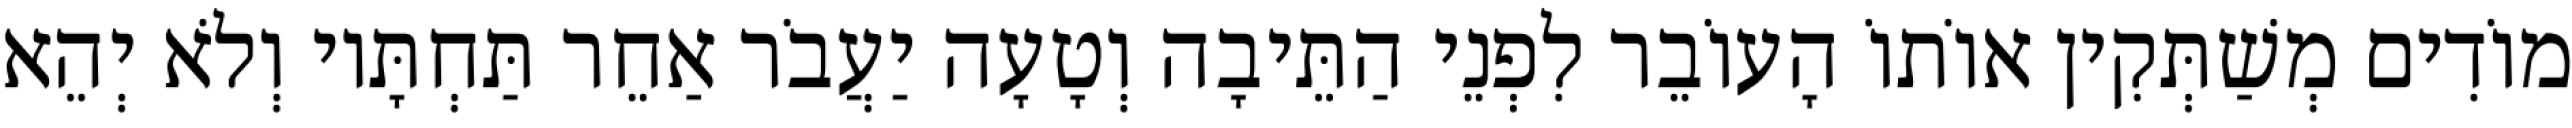
מוֹדִים מְשַׁתְּקִין אוֹתוֹ הָעוֹבֵר לִפְנֵי הַתֵּיבָה וְטָעָה יַעֲבֹר אַחֵר תַּחְתָּיו וְלֹא יְהֵא